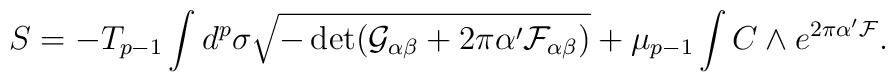
S=-T_{p-1}\int d^p\sigma \sqrt{-\det (\mathcal{G}_{\alpha\beta}+2\pi\alpha'\mathcal{F}_{\alpha\beta})}+\mu_{p-1}\int C \wedgee^{2\pi\alpha' \mathcal{F}}.